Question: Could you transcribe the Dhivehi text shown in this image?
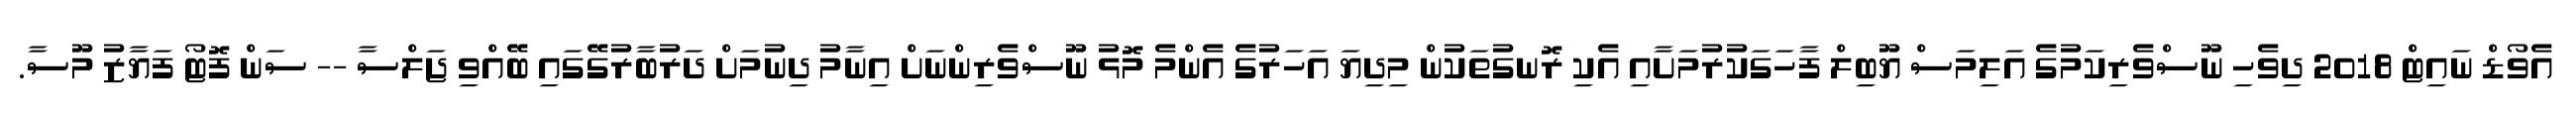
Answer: އެވޯޑް ނައިޓް 2018 ދިވެހި ނޫސްވެރިކަމުގެ އަލިމަސް ޔޫބިލް ފާހަގަކުރުމަށާއި އެކި ރޮނގުތަކުން މިދިޔަ އަހަރުގެ އެންމެ މޮޅު ނޫސްވެރިންނަށް އިނާމު ދިނުމަށް ދަރުބާރުގޭގައި ބޭއްވި ޖަލްސާ -- ސަން ފޮޓޯ ފަޔާޒު މޫސާ.